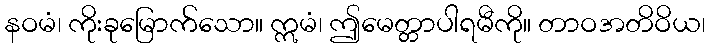
နဝမံ၊ ကိုးခုမြောက်သော။ ဣမံ၊ ဤမေတ္တာပါရမီကို။ တာဝအတိဝိယ၊